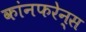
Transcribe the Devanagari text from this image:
कांनफरेन्स